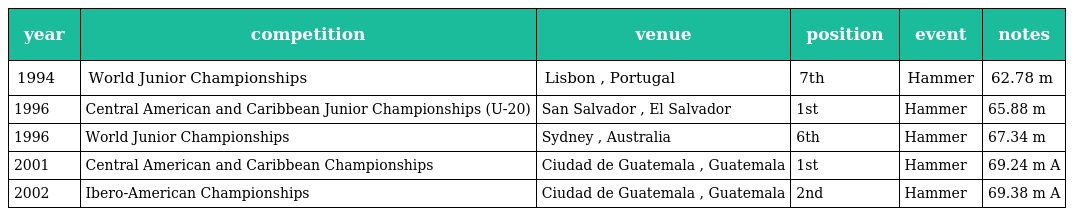
| year | competition | venue | position | event | notes |
 | --- | --- | --- | --- | --- | --- |
 | 1994 | World Junior Championships | Lisbon , Portugal | 7th | Hammer | 62.78 m |
 | 1996 | Central American and Caribbean Junior Championships (U-20) | San Salvador , El Salvador | 1st | Hammer | 65.88 m |
 | 1996 | World Junior Championships | Sydney , Australia | 6th | Hammer | 67.34 m |
 | 2001 | Central American and Caribbean Championships | Ciudad de Guatemala , Guatemala | 1st | Hammer | 69.24 m A |
 | 2002 | Ibero-American Championships | Ciudad de Guatemala , Guatemala | 2nd | Hammer | 69.38 m A |